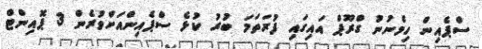
ސްޕެއިން ހިމެނުނު ގްރޫޕް އައިގައި ފުރަތަމަ ބުރު ކުޅެ ސްޕެއިންއަށްވުރެން 3 ޕޮއިންޓް